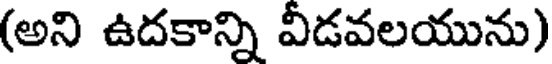
(అని ఉదకాన్ని వీడవలయును)